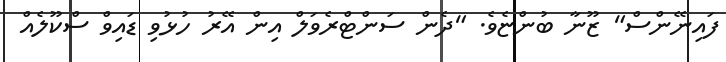
ފައިނޭންސް" ޒޫނާ ބުންޏެވެ. "ދެން ސަންޓްރެވަލް އިން އޭރު ހުޅުވި ޑައިވް ސްކޫލެއް